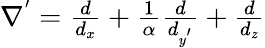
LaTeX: \begin{array}{r}{\nabla^{'}=\frac{d}{d_{x}}+\frac{1}{\alpha}\frac{d}{d_{y^{'}}}+\frac{d}{d_{z}}}\end{array}